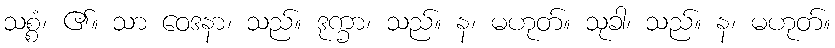
သစ္စံ၊ ၏။ သာ ဝေဒနာ၊ သည်။ ဒုက္ခာ၊ သည်။ န၊ မဟုတ်။ သုခါ၊ သည်။ န၊ မဟုတ်။